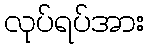
လုပ်ရပ်အား